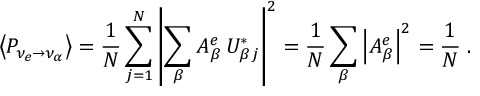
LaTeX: \left\langle P _ { \nu _ { e } \to \nu _ { \alpha } } \right\rangle = { \frac { 1 } { N } } \sum _ { j = 1 } ^ { N } \left| \sum _ { \beta } A _ { \beta } ^ { e } \, U _ { { \beta } j } ^ { * } \right| ^ { 2 } = { \frac { 1 } { N } } \sum _ { \beta } \left| A _ { \beta } ^ { e } \right| ^ { 2 } = { \frac { 1 } { N } } \; .